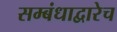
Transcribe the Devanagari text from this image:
सम्बंधाद्वारेच